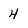
Character: 4